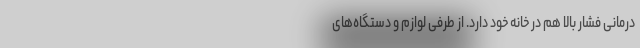
درمانی فشار بالا هم در خانه خود دارد. از طرفی لوازم و دستگاه‌های